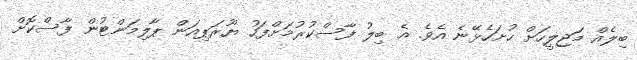
ބިލެއް މަޖިލީހަށް ހުށަހެޅޭނެ އެވެ. އެ ބިލު ފާސްކުރުމަށްފަހު ޔޫރަޕިއަން ޕާލިމަންޓުން ފާސްކޮށް